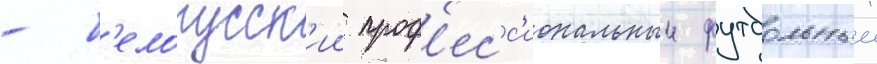
- б'елорусск'ии проф'есс'иональныи футбольныи